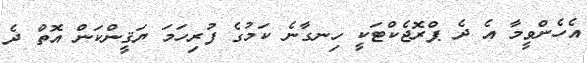
އެހެންވީމާ އެ ދެ ޕްރޮޖެކްޓަކީ ހިނގާނެ ކަމުގެ ފުރިހަމަ ޔަޤީންކަން އޮތް ދެ